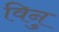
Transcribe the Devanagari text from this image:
विनु